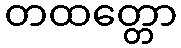
တထတ္တော